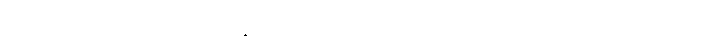
နောက်ဆုံးတွင် ယတိပြတ်ဆုံး ဖြတ်ချက်ချလိုက်ပြီး လိုဏ်ခေါင်းထဲ ဝင်လာခဲ့သည်။